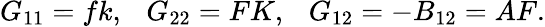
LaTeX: G_{11}=fk,\ \ \ G_{22}=FK,\ \ \ G_{12}=-B_{12}=AF.